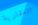
العقارية